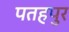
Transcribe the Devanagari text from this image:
पतहपुर